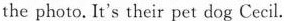
the photo. It's their pet dog Cecil.